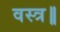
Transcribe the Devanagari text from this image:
वस्त्र॥